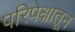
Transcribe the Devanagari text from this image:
परिपेक्षातून